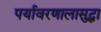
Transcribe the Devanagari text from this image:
पर्यावरणालासुद्धा